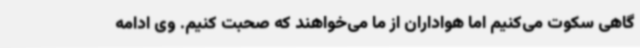
گاهی سکوت می‌کنیم اما هواداران از ما می‌خواهند که صحبت کنیم. وی ادامه